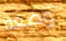
وضعه